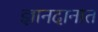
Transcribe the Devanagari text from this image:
ज्ञानदानात